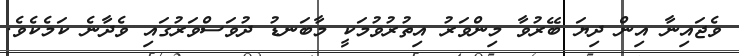
ވެޖައިނާ އިން ދިޔަ ބޭރުވާ މިންވަރު އިތުރުވުމަކީ މާބަނޑު ދުވަސްވަރުގައި ވެދާނެ ކަމެކެވެ.